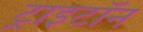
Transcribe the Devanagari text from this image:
ट्राइटॉन